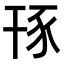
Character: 𧰪